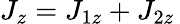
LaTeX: J_{z}=J_{1z}+J_{2z}\,